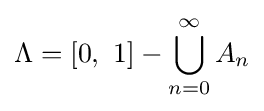
{\displaystyle \Lambda =\left[0,\ 1\right]-\bigcup _{n=0}^{\infty }A_{n}}